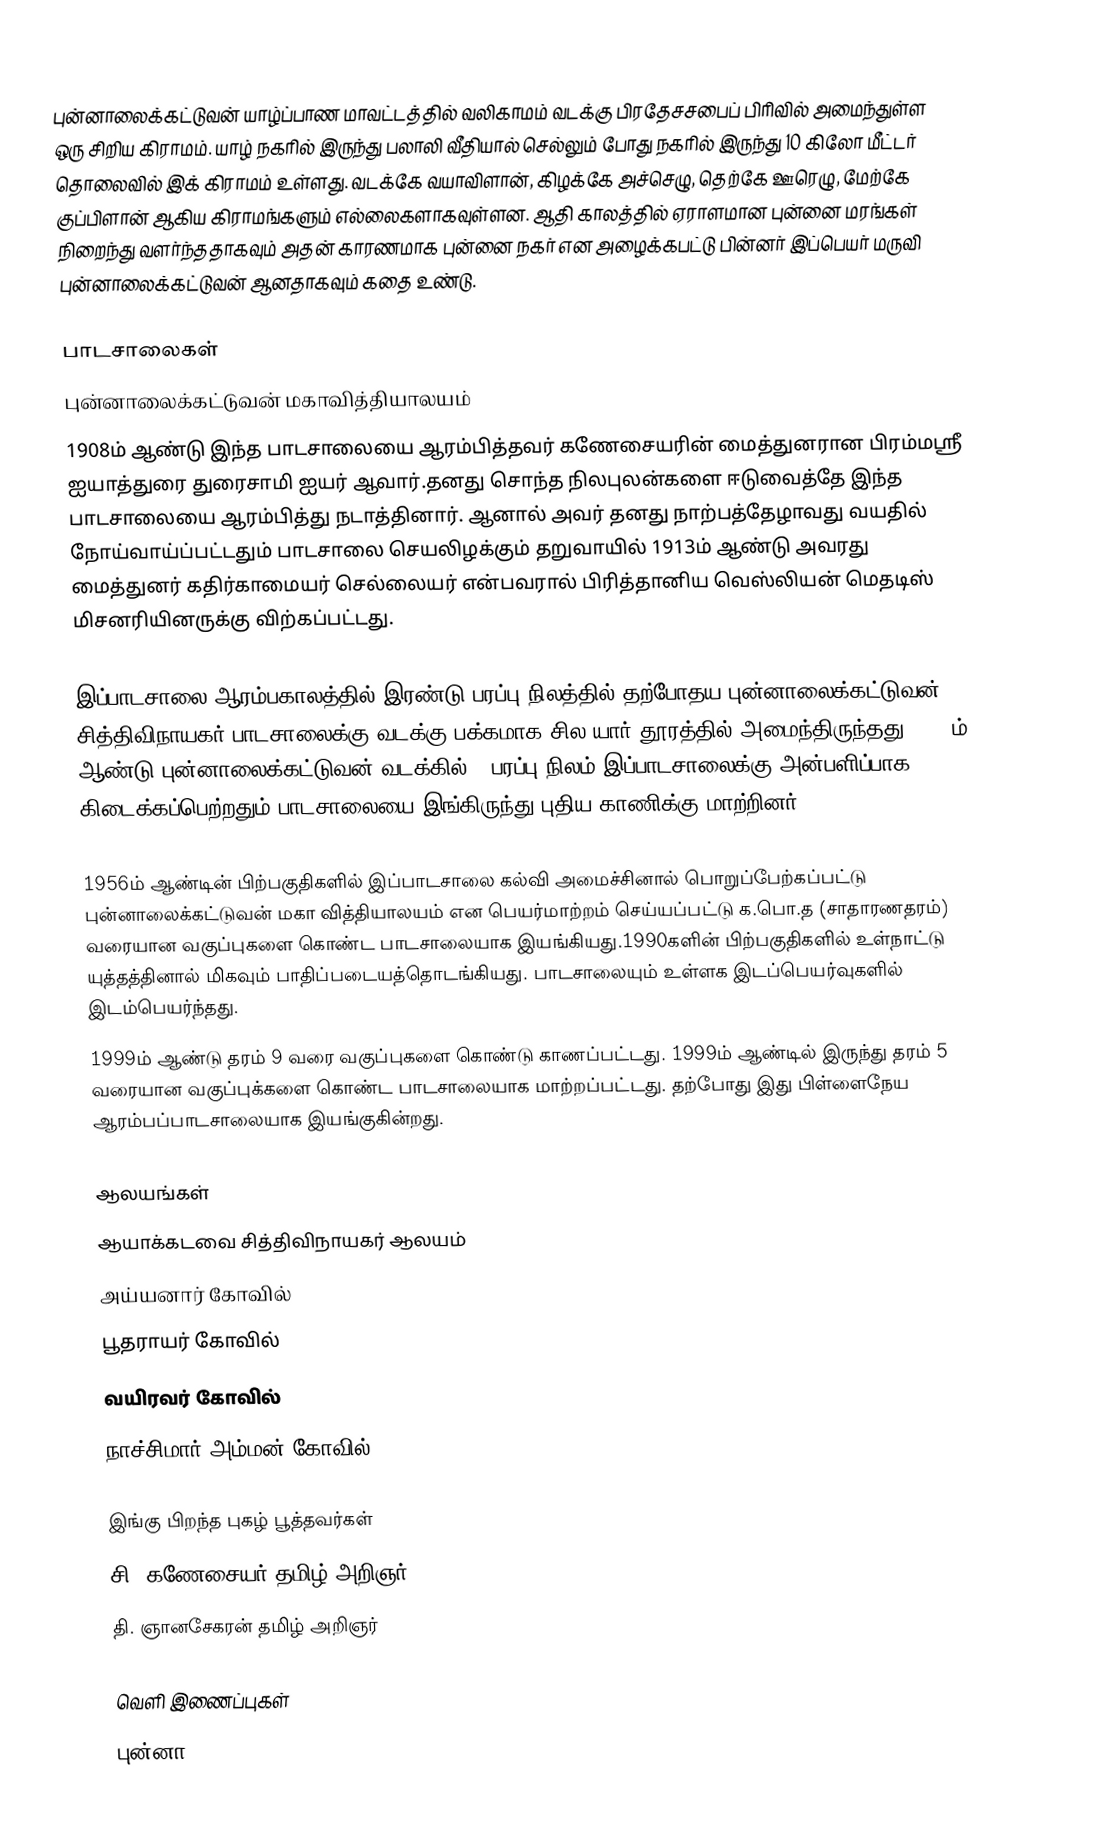
புன்னாலைக்கட்டுவன் யாழ்ப்பாண மாவட்டத்தில் வலிகாமம் வடக்கு பிரதேசசபைப் பிரிவில் அமைந்துள்ள ஒரு சிறிய கிராமம். யாழ் நகரில் இருந்து பலாலி வீதியால் செல்லும் போது நகரில் இருந்து 10 கிலோ மீட்டர் தொலைவில் இக் கிராமம் உள்ளது. வடக்கே வயாவிளான், கிழக்கே அச்செழு, தெற்கே ஊரெழு, மேற்கே குப்பிளான் ஆகிய கிராமங்களும் எல்லைகளாகவுள்ளன. ஆதி காலத்தில் ஏராளமான புன்னை மரங்கள் நிறைந்து வளர்ந்ததாகவும் அதன் காரணமாக புன்னை நகர் என அழைக்கபட்டு பின்னர் இப்பெயர் மருவி புன்னாலைக்கட்டுவன் ஆனதாகவும் கதை உண்டு.

பாடசாலைகள்
 புன்னாலைக்கட்டுவன் மகாவித்தியாலயம்
1908ம் ஆண்டு இந்த பாடசாலையை ஆரம்பித்தவர் கணேசையரின் மைத்துனரான பிரம்மஸ்ரீ ஐயாத்துரை துரைசாமி ஐயர் ஆவார்.தனது சொந்த நிலபுலன்களை ஈடுவைத்தே இந்த பாடசாலையை ஆரம்பித்து நடாத்தினார். ஆனால் அவர் தனது நாற்பத்தேழாவது வயதில் நோய்வாய்ப்பட்டதும் பாடசாலை செயலிழக்கும் தறுவாயில் 1913ம் ஆண்டு அவரது மைத்துனர் கதிர்காமையர் செல்லையர் என்பவரால் பிரித்தானிய வெஸ்லியன் மெதடிஸ் மிசனரியினருக்கு விற்கப்பட்டது.

இப்பாடசாலை ஆரம்பகாலத்தில் இரண்டு பரப்பு நிலத்தில் தற்போதய புன்னாலைக்கட்டுவன் சித்திவிநாயகர் பாடசாலைக்கு வடக்கு பக்கமாக சில யார் தூரத்தில் அமைந்திருந்தது.  1917ம் ஆண்டு புன்னாலைக்கட்டுவன் வடக்கில் 15பரப்பு நிலம் இப்பாடசாலைக்கு அன்பளிப்பாக கிடைக்கப்பெற்றதும் பாடசாலையை இங்கிருந்து புதிய காணிக்கு மாற்றினர்.

1956ம் ஆண்டின் பிற்பகுதிகளில் இப்பாடசாலை கல்வி அமைச்சினால் பொறுப்பேற்கப்பட்டு  புன்னாலைக்கட்டுவன் மகா வித்தியாலயம் என பெயர்மாற்றம் செய்யப்பட்டு க.பொ.த (சாதாரணதரம்) வரையான வகுப்புகளை கொண்ட பாடசாலையாக இயங்கியது.1990களின்  பிற்பகுதிகளில் உள்நாட்டு யுத்தத்தினால் மிகவும் பாதிப்படையத்தொடங்கியது. பாடசாலையும் உள்ளக இடப்பெயர்வுகளில் இடம்பெயர்ந்தது.
1999ம் ஆண்டு தரம் 9 வரை வகுப்புகளை கொண்டு காணப்பட்டது. 1999ம்  ஆண்டில் இருந்து தரம் 5 வரையான வகுப்புக்களை கொண்ட பாடசாலையாக மாற்றப்பட்டது. தற்போது இது பிள்ளைநேய ஆரம்பப்பாடசாலையாக இயங்குகின்றது.

ஆலயங்கள்
 ஆயாக்கடவை சித்திவிநாயகர் ஆலயம்
 அய்யனார் கோவில்
  பூதராயர் கோவில்
  வயிரவர் கோவில்
  நாச்சிமார் அம்மன் கோவில்

இங்கு பிறந்த புகழ் பூத்தவர்கள்
 சி. கணேசையர் தமிழ் அறிஞர்
 தி. ஞானசேகரன் தமிழ் அறிஞர்

வெளி இணைப்புகள்
 புன்னா